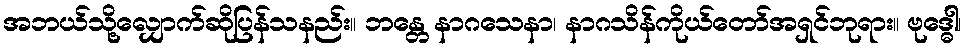
အဘယ်သို့လျှောက်ဆိုပြန်သနည်း။ ဘန္တေ နာဂသေနာ၊ နာဂသိန်ကိုယ်တော်အရှင်ဘုရား။ ဗုဒ္ဓေါ၊